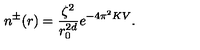
n ^ { \pm } ( r ) = \frac { \zeta ^ { 2 } } { r _ { 0 } ^ { 2 d } } e ^ { - 4 \pi ^ { 2 } K V } .